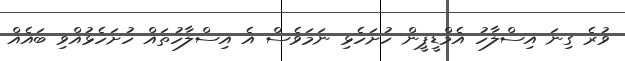
ވުރެ ގިނަ އިސްލާހު އެމްޑީޕީން ހުށަހެޅި ނަމަވެސް އެ އިސްލާހުތައް ހުށަހެޅުއްވި ބައެއް